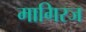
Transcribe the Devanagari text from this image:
मागिरज